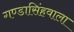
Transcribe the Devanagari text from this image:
गण्डासिंहवाला